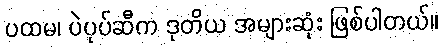
ပထမ၊ ပဲပုပ်ဆီက ဒုတိယ အများဆုံး ဖြစ်ပါတယ်။